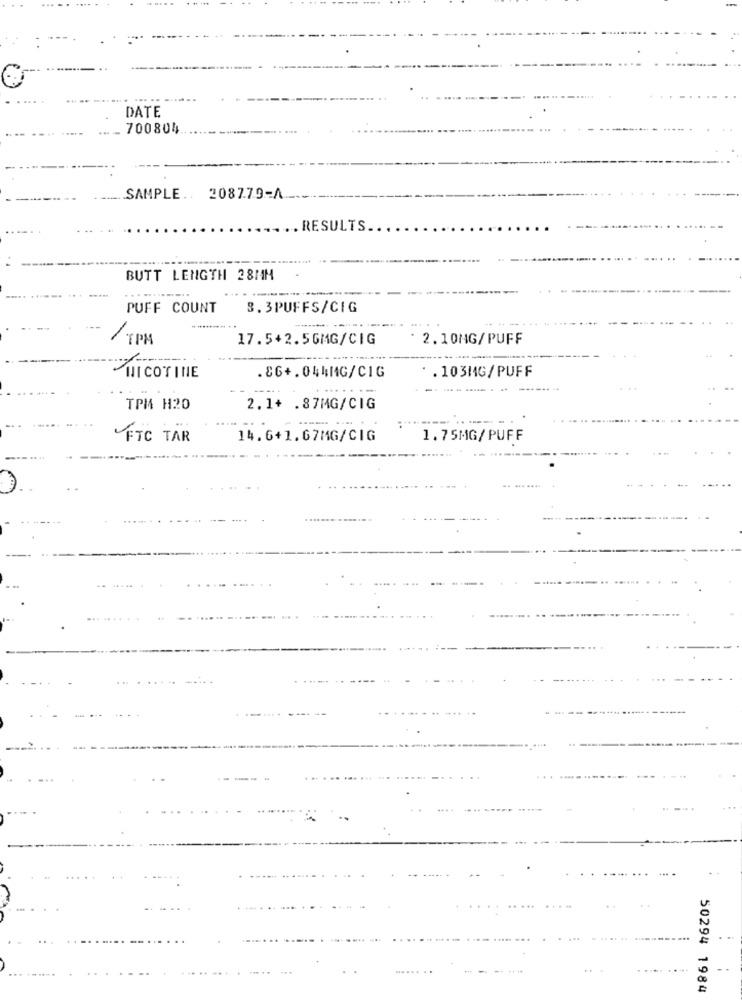
... ..
DATE
700804
SAMPLE .. 208779-A
RESULTS
BUTT LENGTH 28MM
PUFF COUNT
3.3PUFFS/CIG
17.5+2.5GMG/CIG
2.10NG/PUFF
. 103MG/PUFF
NICOTINE
.86+.044MG/CIG
TPM H20
2.1+ .87MG/CIG
FIC TAR
14.6+1.67MG/CIG
1.75MG/PUFF
.......
50294 1984